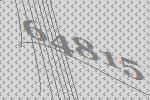
64815